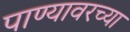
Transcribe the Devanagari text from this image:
पाण्यावरच्या